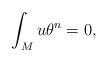
LaTeX: \begin{align*}\int_M u \theta^n=0,\end{align*}